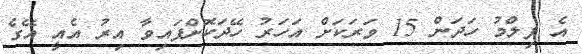
އެ ފިލްމު ހަދަން 15 ވަރަކަށް އަހަރު ހޭދަކޮށްފައިވާ އިރު އެއީ އޭގެ